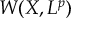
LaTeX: W ( X , L ^ { p } )